Civil Veterinary Dept. Bombay admin report 1932-41 - 1932-1941
Year: 1932
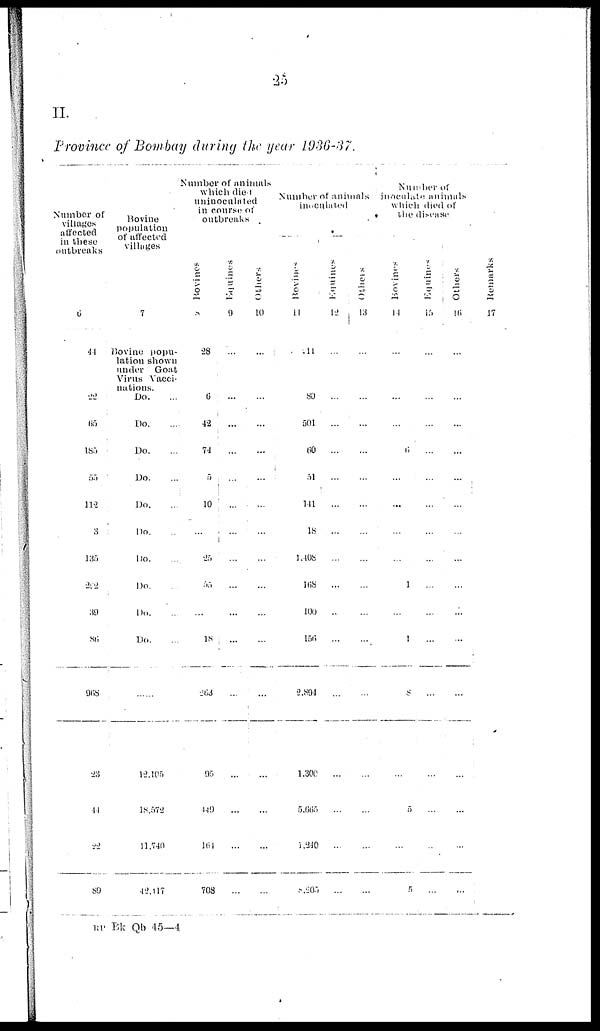
25
II.
Province of Bombay during the year 1936-37.
Number of
villages
affected
in these
outbreaks
6
44
22
65
185
55
112
3
135
222
39
86
968
23
44
22
89
Bovine
population
of affected
villages
7
Bovine popu-
lation shown
under Goat
Virus Vacci-
nations. Do. ...
Do. ...
Do. ...
Do. ...
Do. ...
Do. ...
Do. ...
Do. ...
Do. ...
Do. ...
......
12,105
18,572
11,740
42,117
Number of animals
which died
uninoculated
in course of
outbreaks
Bovines
8
28
6
42
74
5
10
...
25
55
...
18
263
95
449
164
708
Equines
9
...
...
...
...
...
...
1
...
...
...
...
...
...
...
...
...
Others
10
...
...
...
...
...
...
...
...
...
...
...
...
...
...
...
...
Number of animals
inoculated
Bovines
11
211
80
501
60
51
141
18
1,408
168
100
156
2,894
1,300
5,665
1,240
8,205
Equines
12
...
...
...
...
...
...
...
...
...
...
...
...
...
...
...
...
Others
13
...
...
...
...
...
...
...
...
...
...
...
...
...
...
...
...
Number of
inoculate animals
which died of
the disease
Bovines
14
...
...
...
...
...
...
...
...
1
...
1
8
...
5
...
5
Equines
15
...
...
...
...
...
...
...
...
...
...
...
...
...
...
...
...
Others
16
...
...
...
...
...
...
...
...
...
...
...
...
...
...
...
...
Remarks
17
RP Bk Qb 45—4